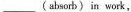
___ (absorb) in work,